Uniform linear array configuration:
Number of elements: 24
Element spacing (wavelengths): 1
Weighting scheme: uniform
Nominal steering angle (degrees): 60
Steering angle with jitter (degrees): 58.372
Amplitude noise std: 0.05
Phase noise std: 0.05

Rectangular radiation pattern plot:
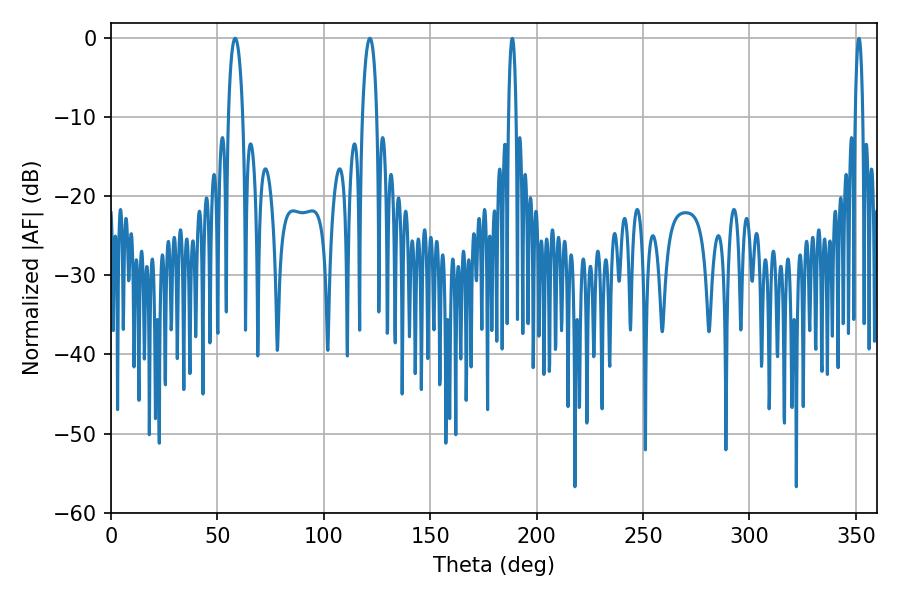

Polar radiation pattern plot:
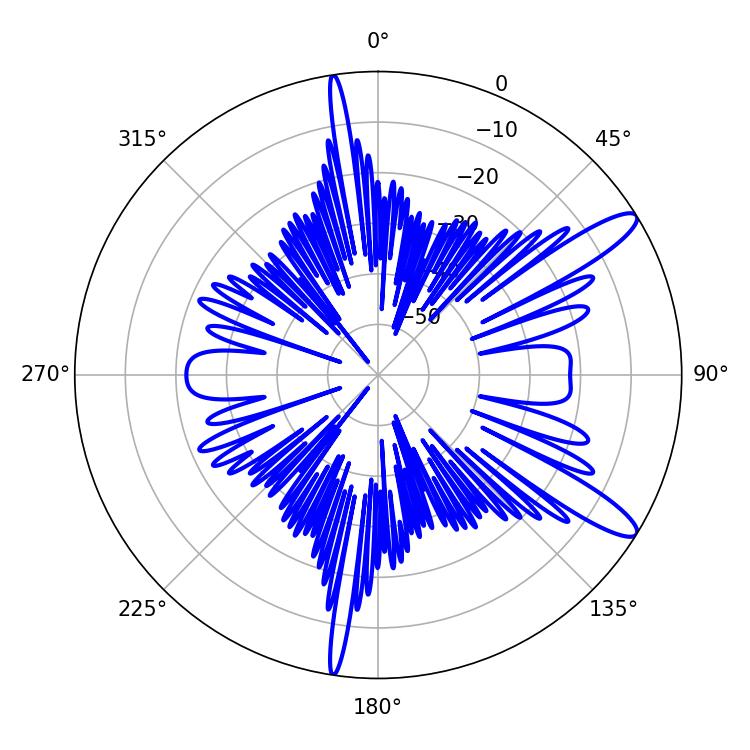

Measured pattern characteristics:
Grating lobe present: TRUE
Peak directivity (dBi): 12.212
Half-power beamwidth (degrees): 3.78
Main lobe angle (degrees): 58.32